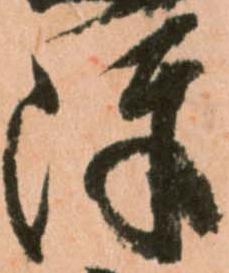
陣